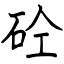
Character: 砼